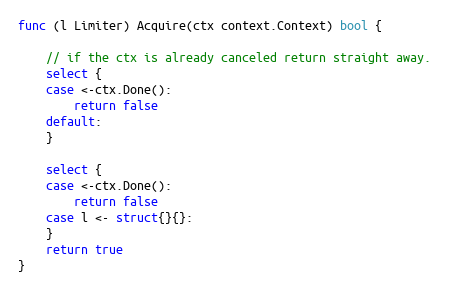
Language: Go
func (l Limiter) Acquire(ctx context.Context) bool {

	// if the ctx is already canceled return straight away.
	select {
	case <-ctx.Done():
		return false
	default:
	}

	select {
	case <-ctx.Done():
		return false
	case l <- struct{}{}:
	}
	return true
}